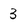
Character: 3